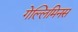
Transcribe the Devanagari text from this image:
गेल्‍लिमिनस